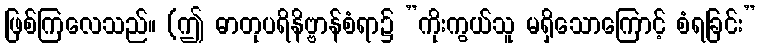
ဖြစ်ကြလေသည်။ (ဤ ဓာတုပရိနိဗ္ဗာန်စံရာ၌ ”ကိုးကွယ်သူ မရှိသောကြောင့် စံရခြင်း”